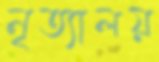
নৃত্যালয়